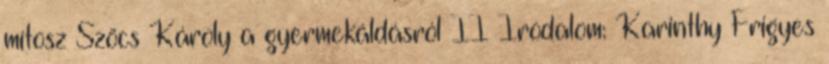
mítosz Szõcs Károly a gyermekáldásról II Irodalom: Karinthy Frigyes